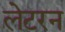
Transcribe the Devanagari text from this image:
लेटरन